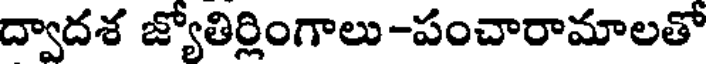
ద్వాదశ జ్యోతిర్లింగాలు -పంచారామాలతో